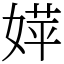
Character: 𡞴